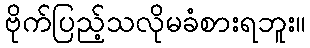
ဗိုက်ပြည့်သလိုမခံစားရဘူး။